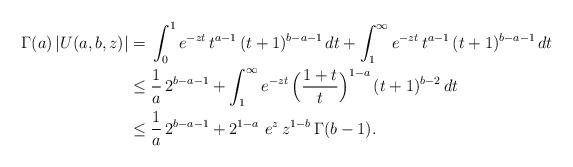
LaTeX: \begin{align*}\Gamma(a)\, |U(a,b,z) | & = \, \int_0^1 e^{-zt}\, t^{a-1}\, (t+1)^{b-a-1}\, dt + \int_1^\infty e^{-zt}\, t^{a-1}\, (t+1)^{b-a-1}\, dt \\& \leq \frac 1a\, 2^{b-a-1} + \int_1^\infty e^{-zt}\, \Big(\frac{1+t}{t}\Big)^{1-a}\, (t+1)^{b-2}\, dt \\& \leq \frac 1a\, 2^{b-a-1} +2^{1-a}\ e^z\, z^{1-b}\, \Gamma(b-1). \end{align*}